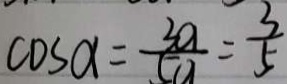
\cos \alpha = \frac { 3 a } { 5 a } = \frac { 3 } { 5 }